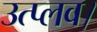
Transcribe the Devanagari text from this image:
उत्प्लव।